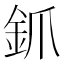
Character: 釽